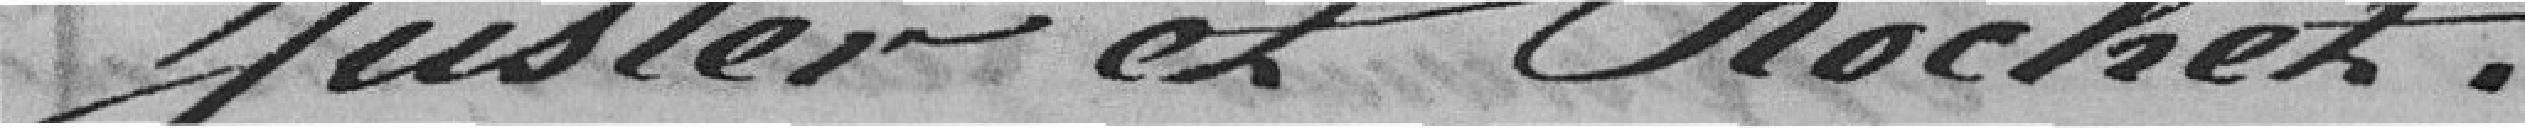
JUSTER et ROCHET.